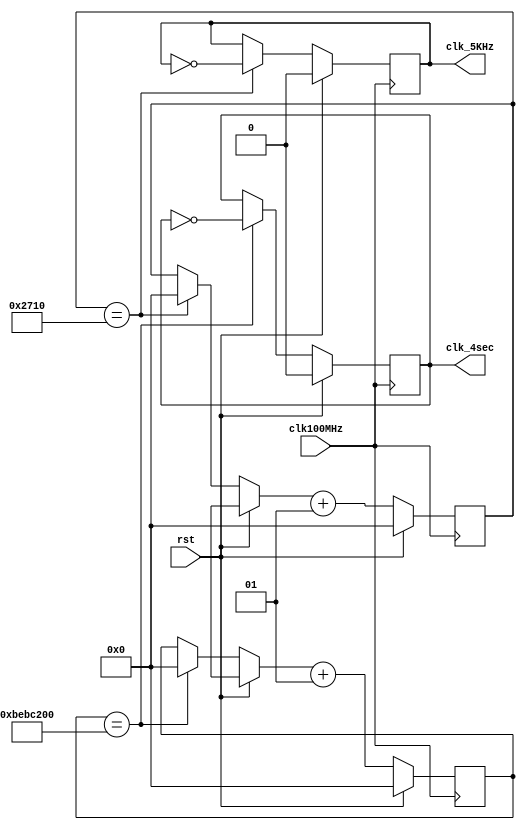
`timescale 1ns / 1ps
//////////////////////////////////////////////////////////////////////////////////
// Company: 
// Engineer: 
// 
// Design Name: 
// Module Name: clk_gen
// Project Name: 
// Target Devices: 
// Tool Versions: 
// Description: 
// 
// Dependencies: 
// 
// Revision:
// Revision 0.01 - File Created
// Additional Comments:
// 
//////////////////////////////////////////////////////////////////////////////////


module clk_gen(clk100MHz, rst, clk_4sec, clk_5KHz);
input clk100MHz, rst;
output clk_4sec, clk_5KHz; 
reg clk_4sec, clk_5KHz; 
integer count, count1; 

//Taken from Donald Hung's Lab 1 examples
always@(posedge clk100MHz)
begin
 if(rst)  
 begin
  count = 0;   
  count1 = 0;

clk_4sec = 0;   
clk_5KHz  =0;
end  
else  
begin
  if(count == 200000000)
  begin
   clk_4sec = ~clk_4sec;    
   count = 0;
  end
  if(count1 == 10000)   
  begin
   clk_5KHz = ~clk_5KHz;    
   count1 = 0;   
  end   
  count = count + 1;   
  count1 = count1 + 1;         
  end 
 end 
 endmodule // end clk_gen